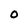
Character: 0